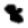
Digit: 8